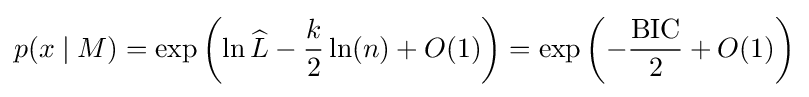
p(x\mid M)=\exp \left(\ln {\widehat {L}}-{\frac {k}{2}}\ln(n)+O(1)\right)=\exp \left(-{\frac {\mathrm {BIC} }{2}}+O(1)\right)